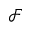
\mathcal { F }